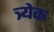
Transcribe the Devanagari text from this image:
त्र्येक